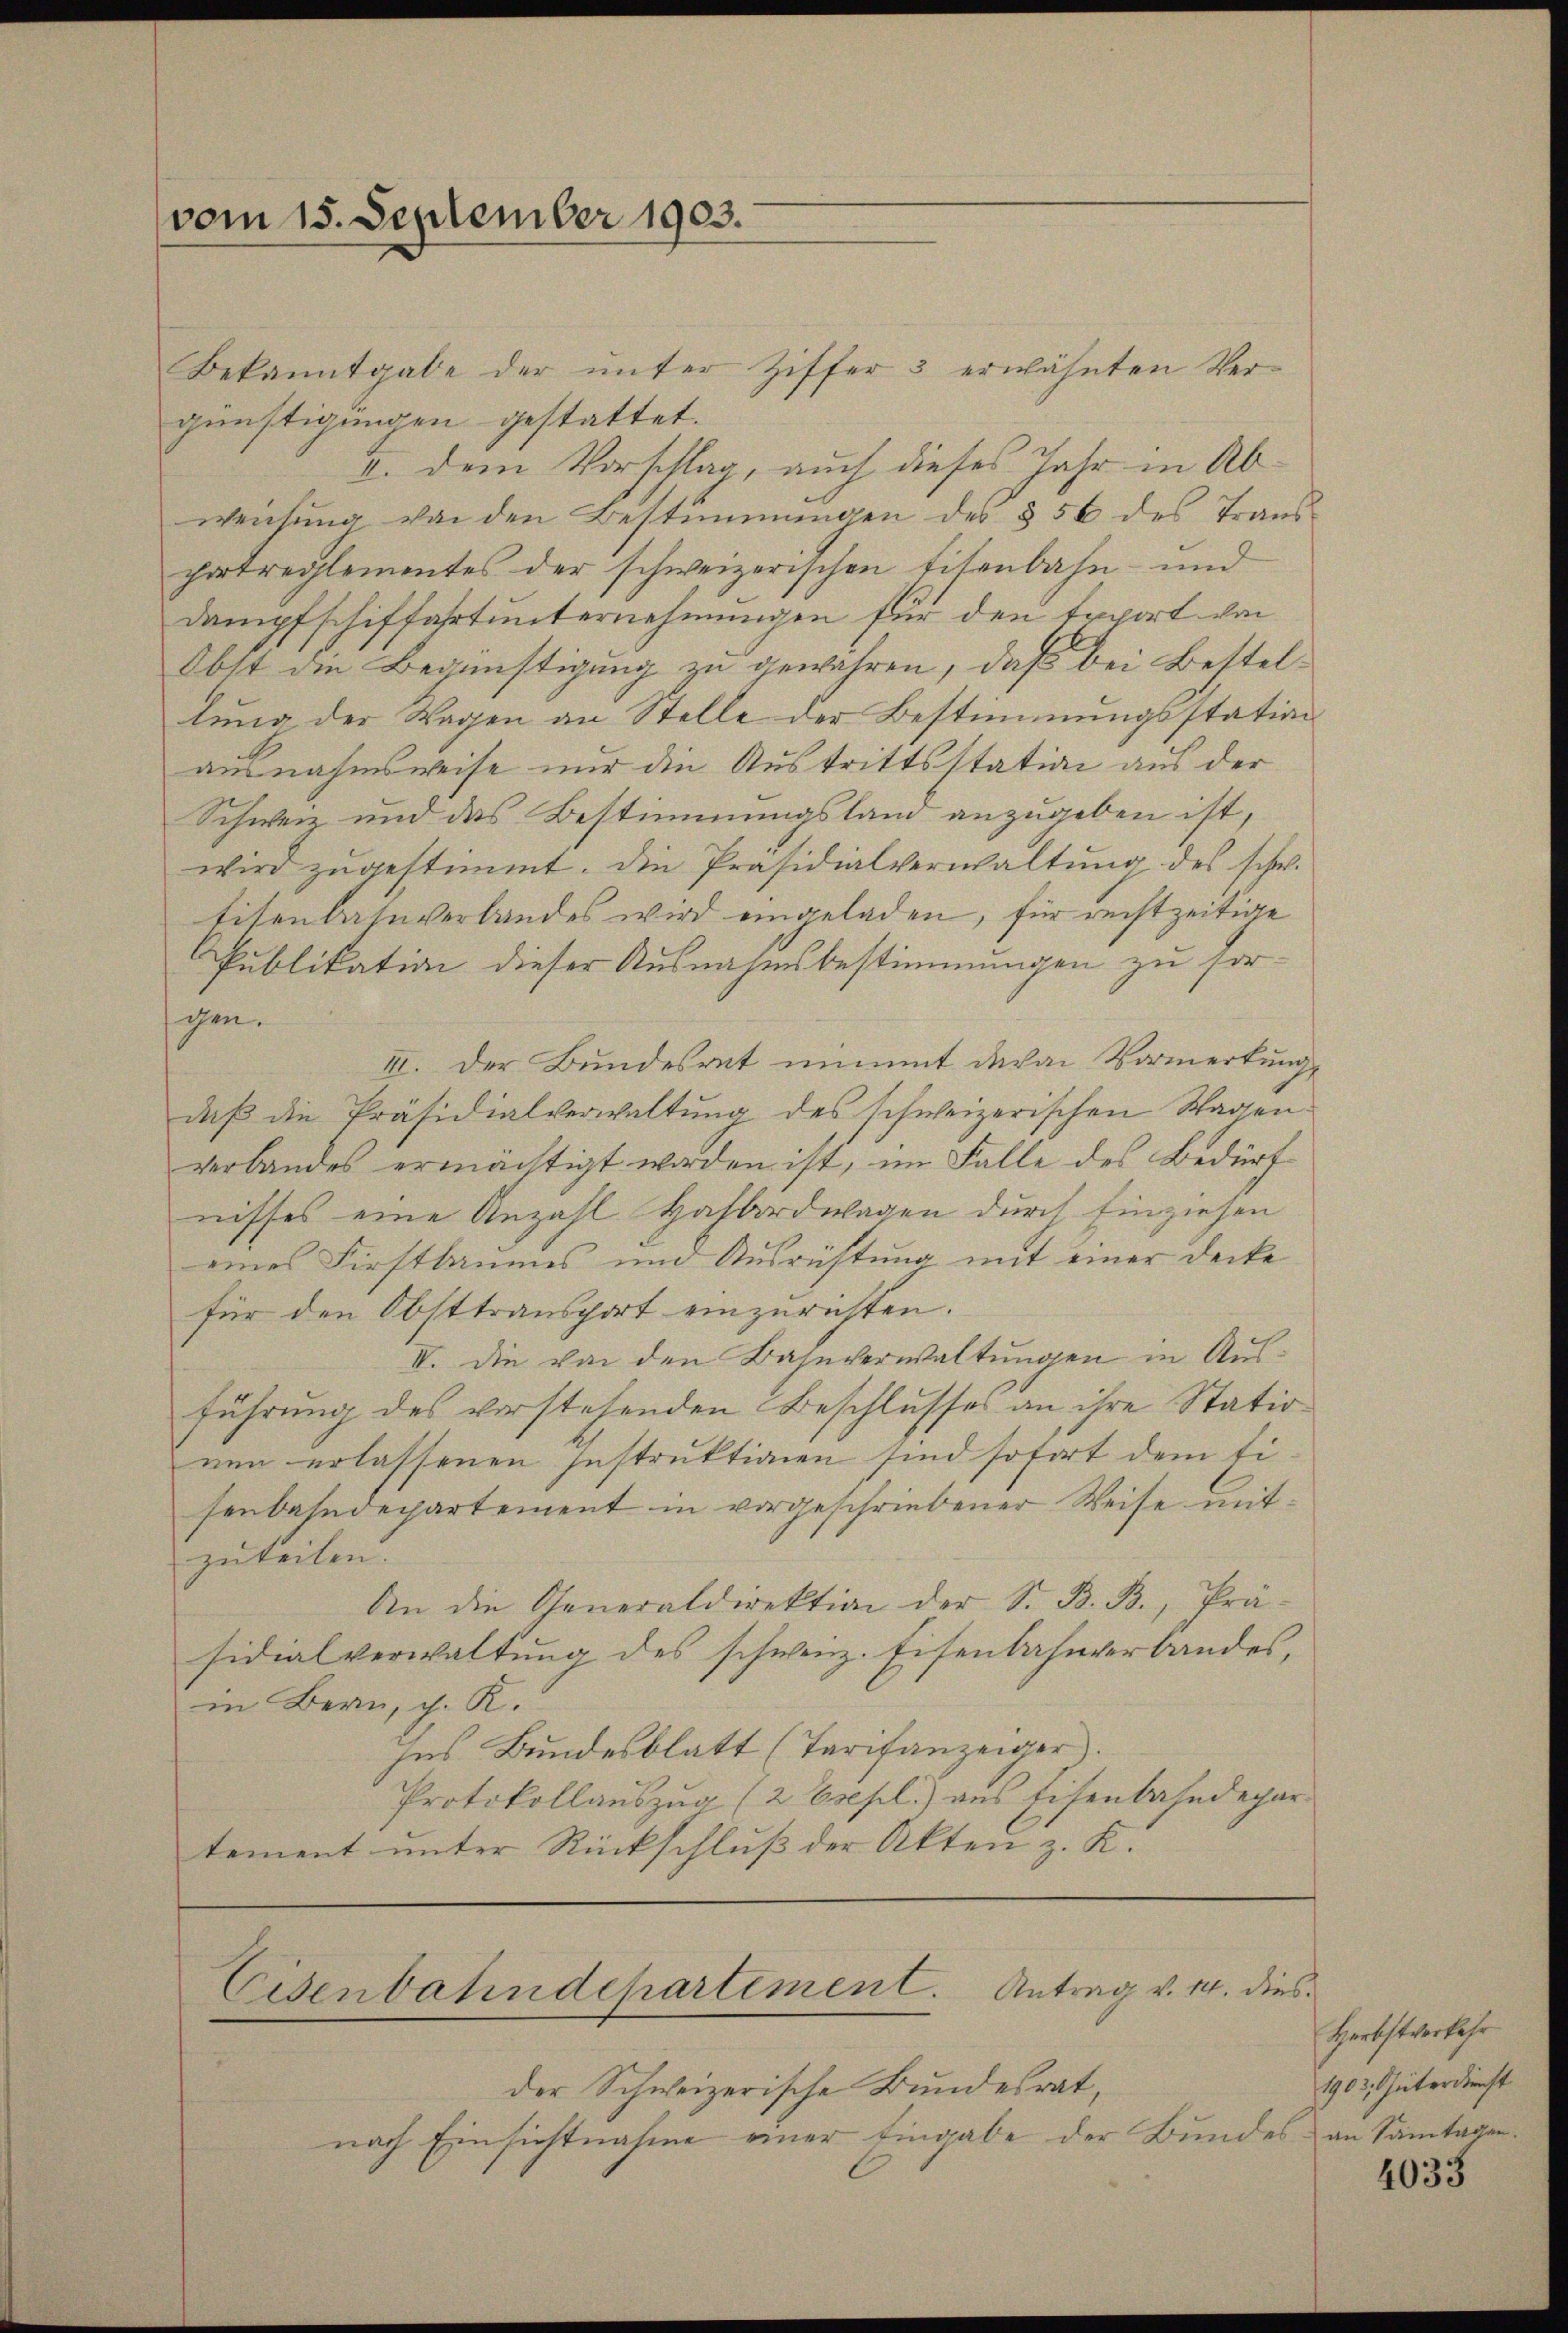
vom 15. September 1903.

Eisenbahndepartement. Antrag v. 14. dies

Bekanntgabe der unter Ziffer 3 erwähnten Vergünstigungen gestattet.
II. dem Vorschlag, auch dieses Jahr in Ab-
weichung von den Bestimmungen des § 56 des Transhartreglementes der schweizerischen Eisenbahn- und
Dampfschiffahrt unternehmungen für den Erport von
Obst die Begünstigung zu gewähren, daß bei Bestellung der Wagen an Stelle der Bestimmungsstation
ausnahmsweise nur die Austrittsstation aus der
Schweiz und das Bestimmungsland anzugeben ist,
wird zŭgestimmt. Die Präsidialverwaltŭng des schw.
Eisenbahnverbandes wird eingeladen, für rechtzeitige
Publikation dieser Ausnahmsbestimmungen zu sorchen.
III. Der Bundesrat nimmt devan Vormerkung
daß die Präsidialverwaltung des schweizerischen Wagenverbandes ermächtigt worden ist, im Falle des Bedürf
nisses eine Anzahl Hafbordwagen durch Einziehen
eines Firstbaumes und Ausrichtung mit einer Decke
für den Obsttransport einzurichten.
II. Die von den Bahnverwaltungen in Ausführung des verstehenden Beschlusses an ihre Station
nen erlassenen Instruktionen sind sofort dem Fisenbahndepartement in vorgeschriebener Weise mitzuteilen.
An die Generaldirektion der S. B. B., Präsidialverwaltung des schweiz. Eisenbahnverbandes,
in Bern, c. K.
Ins Bundesblatt (Tarifanzeiger.
Protokollauszug (2 Essl.) aus Eisenbahndepar-
tement unter Rückschluß der Akten z. K.

der Schweizerische Bundesrat,
nach Einsichtnahme einer Eingabe der Bundes an Samtagen.

Herbstverkehr
1903. Güterdienst

4033